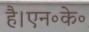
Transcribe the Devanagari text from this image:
है।एन॰के॰